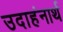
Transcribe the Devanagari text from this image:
उदाहंनार्थ